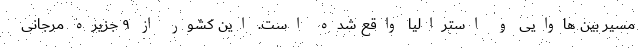
مسیر بین هاوایی و استرالیا واقع شده است. این کشور از ۹ جزیره مرجانی